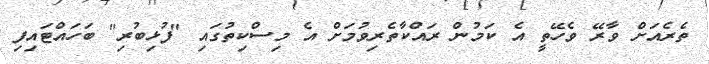
ތެރެއަށް ވާރޭ ވެހޭތީ އެ ކަމުން ރައްކާތެރިވުމަށް އެ މިސްކިތުގައި "ފުޅިބުރި" ބަހައްޓައިފި